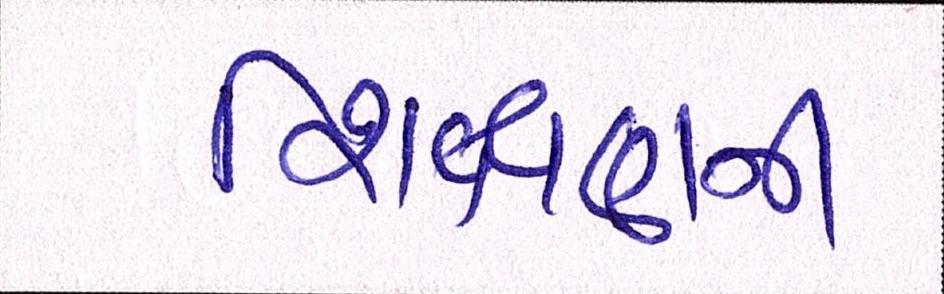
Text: શિક્ષણની